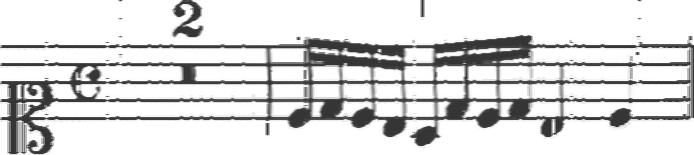
Transcription: clef-C1 timeSignature-C multirest-2 barline note-C4_sixteenth note-D4_sixteenth note-C4_sixteenth note-B3_sixteenth note-A3_sixteenth note-D4_sixteenth note-C4_sixteenth note-D4_sixteenth note-B3_quarter note-C4_quarter barline